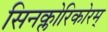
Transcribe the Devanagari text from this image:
सिनक्लोरिकोरम्